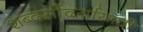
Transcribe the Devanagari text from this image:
शब्दसौंदर्यासाठी